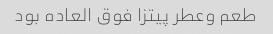
طعم وعطر پیتزا فوق العاده بود